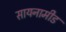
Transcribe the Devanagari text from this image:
सायनामीड